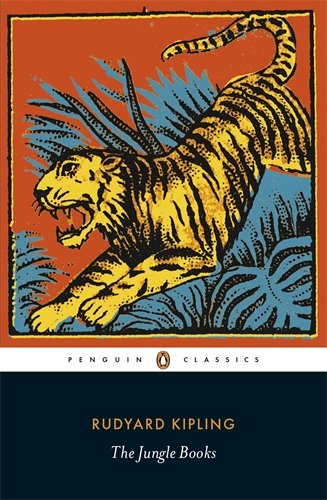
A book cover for The Jungle Books (Penguin Classics); Rudyard Kipling; Literature & Fiction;